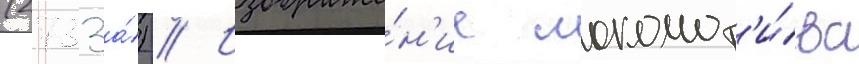
(2733а́) // Изображе́н'ие локомот'и́ва